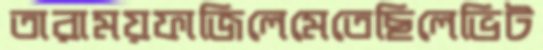
তারাময়ফাজিলেমেতেছিলেভিট